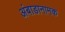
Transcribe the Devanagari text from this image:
अंबाडानामक